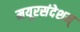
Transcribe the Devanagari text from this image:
मयूरसंदेशम्